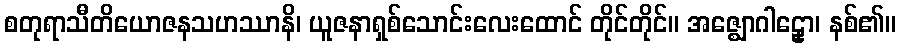
စတုရာသီတိယောဇနသဟဿာနိ၊ ယူဇနာရှစ်သောင်းလေးထောင် တိုင်တိုင်။ အဇ္ဈောဂါဠှော၊ နစ်၏။